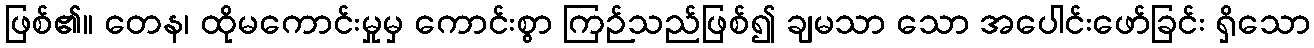
ဖြစ်၏။ တေန၊ ထိုမကောင်းမှုမှ ကောင်းစွာ ကြဉ်သည်ဖြစ်၍ ချမသာ သော အပေါင်းဖော်ခြင်း ရှိသော